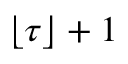
\lfloor \tau \rfloor + 1